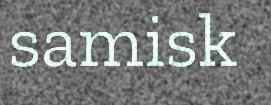
samisk